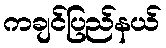
ကချင်ပြည်နယ်